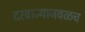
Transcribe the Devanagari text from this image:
दरवाज्याजवळच